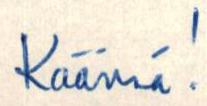
Käännä!